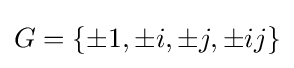
G=\{\pm 1,\pm i,\pm j,\pm ij\}